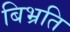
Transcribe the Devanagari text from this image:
बिभ्रति